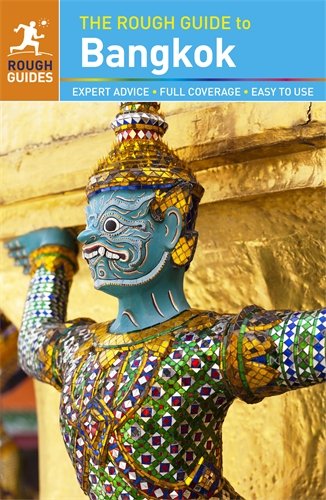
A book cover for The Rough Guide to Bangkok; Rough Guides; Travel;